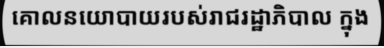
គោលនយោបាយរបស់រាជរដ្ឋាភិបាល ក្នុង